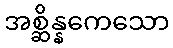
အစ္ဆိန္နကေသော